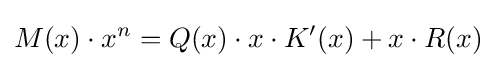
M(x)\cdot x^{n}=Q(x)\cdot x\cdot K'(x)+x\cdot R(x)